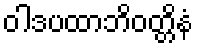
ဝါဒပထာဘိဝတ္တိနံ